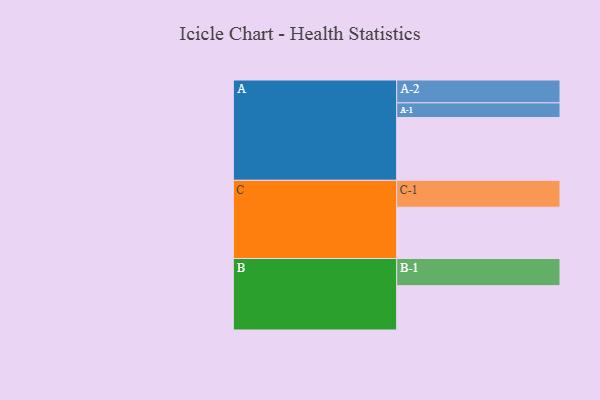
{"axis": {"x": "Segment", "y": "Value"}, "legend": ["", "A", "B", "C"], "data": [{"x": "A", "y": 451, "type": ""}, {"x": "B", "y": 318, "type": ""}, {"x": "C", "y": 368, "type": ""}, {"x": "A-1", "y": 105, "type": "A"}, {"x": "A-2", "y": 164, "type": "A"}, {"x": "B-1", "y": 195, "type": "B"}, {"x": "C-1", "y": 193, "type": "C"}]}